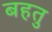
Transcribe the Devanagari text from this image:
बहतु